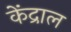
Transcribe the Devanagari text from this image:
केंद्राल